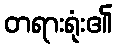
တရားရုံး၏